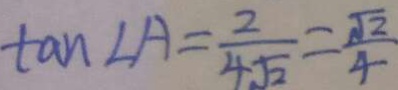
\tan \angle A = \frac { 2 } { 4 \sqrt { 2 } } = \frac { \sqrt { 2 } } { 4 }